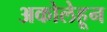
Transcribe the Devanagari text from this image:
अकोलेहून